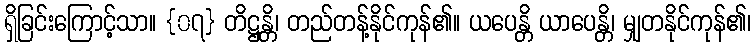
ရှိခြင်းကြောင့်သာ။ {၀၇} တိဋ္ဌန္တိ၊ တည်တန့်နိုင်ကုန်၏။ ယပေန္တိ ယာပေန္တိ၊ မျှတနိုင်ကုန်၏၊